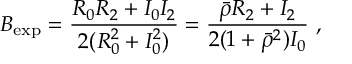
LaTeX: B _ { \mathrm { e x p } } = { \frac { { \cal R } _ { 0 } { \cal R } _ { 2 } + { \cal I } _ { 0 } { \cal I } _ { 2 } } { 2 ( { \cal R } _ { 0 } ^ { 2 } + { \cal I } _ { 0 } ^ { 2 } ) } } = { \frac { \bar { \rho } { \cal R } _ { 2 } + { \cal I } _ { 2 } } { 2 ( 1 + \bar { \rho } ^ { 2 } ) { \cal I } _ { 0 } } } ~ ,